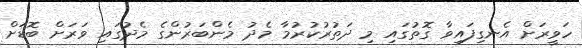
ހަވީރަށް އެނގިފައިވާ ގޮތުގައި މި ދަތުރުކުރުމާ މެދު މެންބަރުންގެ މެދުގައި ވަރަށް ބޮޑަށް